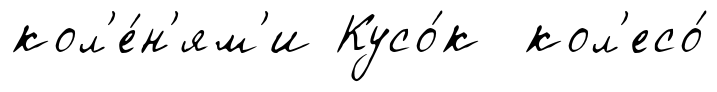
кол'е́н'ям'и Кусо́к кол'есо́